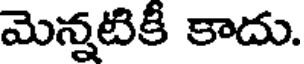
మెన్నటికీ కాదు.